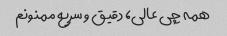
همه چی عالی، دقیق و سریع ممنونم